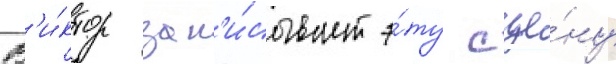
В'и́ктор зап'и́сывает э́ту сце́ну